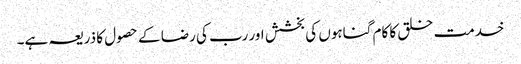
خدمت خلق کا کام گناہوں کی بخشش اور رب کی رضا کے حصول کا ذریعہ ہے۔